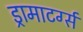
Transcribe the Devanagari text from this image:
ड्रामाटर्ग्स